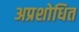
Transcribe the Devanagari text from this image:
अप्रशोधित